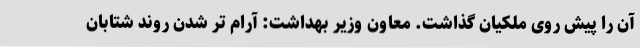
آن را پیش روی ملکیان گذاشت. معاون وزیر بهداشت: آرام تر شدن روند شتابان